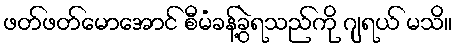
ဖတ်ဖတ်မောအောင် စီမံခန့်ခွဲရသည်ကို ဂျရယ် မသိ။